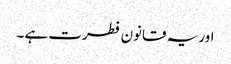
اور یہ قانون فطرت ہے ۔